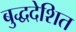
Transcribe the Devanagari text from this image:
बुद्धदेशित